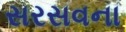
સરસવના